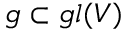
\mathfrak { g } \subset \mathfrak { g l } ( V )